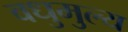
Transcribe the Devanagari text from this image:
वधुमुल्य